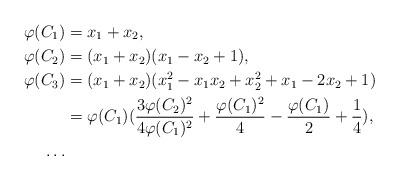
LaTeX: \begin{align*}\varphi(C_1)&=x_1+x_2,\\ \varphi(C_2)&=(x_1+x_2)(x_1-x_2+1), \\\varphi(C_3)&=(x_1+x_2)(x_1^2-x_1x_2+x_2^2+x_1-2x_2+1)\\ &=\varphi(C_1)(\frac{3\varphi(C_2)^2}{4\varphi(C_1)^2}+\frac{\varphi(C_1)^2}{4}-\frac{\varphi(C_1)}{2}+\frac{1}{4}), \\ \dots\end{align*}